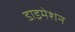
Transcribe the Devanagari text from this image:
डाइमेशन